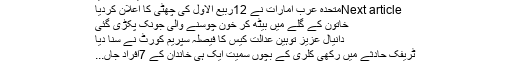
فیصلہ ہو گیا
Next articleمتحدہ عرب امارات نے 12ربیع الاول کی چھٹی کا اعلان کردیا
خاتون کے گلے میں بیٹھ کر خون چوسنے والی جونک پکڑی گئی
دانیال عزیز توہین عدالت کیس کا فیصلہ سپریم کورٹ نے سنا دیا
ٹریفک حادثے میں رکھی کلری کے بچوں سمیت ایک ہی خاندان کے 7افراد جاں...
دس بار یہ شاندار کام کیا ہے تو۔